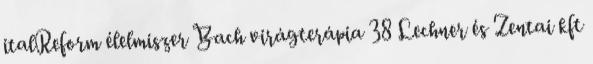
italReform élelmiszer Bach virágterápia 38 Lechner és Zentai kft